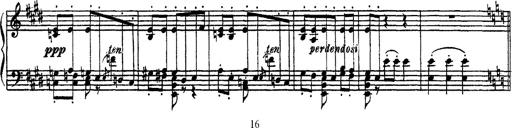
Title: Apparitions
Composer: Franz Liszt